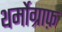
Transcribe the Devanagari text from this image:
थर्मोग्राफ़